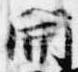
開